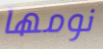
نومها